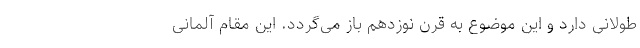
طولانی دارد و این موضوع به قرن نوزدهم باز می‌گردد. این مقام آلمانی